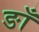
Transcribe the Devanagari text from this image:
ङाँ